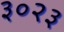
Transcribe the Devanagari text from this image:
३०२३